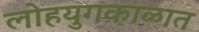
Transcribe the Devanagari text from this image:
लोहयुगकाळात